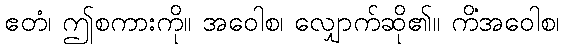
ဧတံ၊ ဤစကားကို။ အဝေါစ၊ လျှောက်ဆို၏။ ကိံအဝေါစ၊